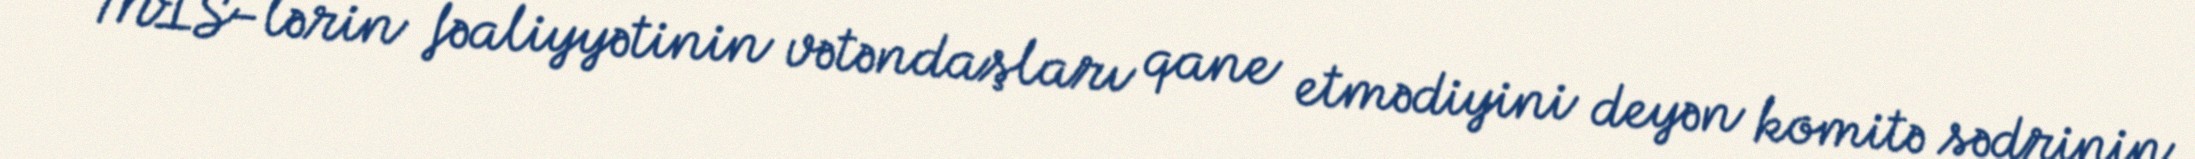
MİS-lərin fəaliyyətinin vətəndaşları qane etmədiyini deyən komitə sədrinin